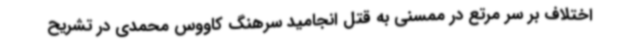
اختلاف بر سر مرتع در ممسنی به قتل انجامید سرهنگ کاووس محمدی در تشریح